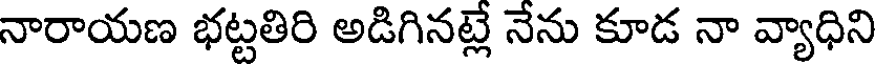
నారాయణ భట్టతిరి అడిగినట్లే నేను కూడ నా వ్యాధిని